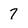
Character: 7